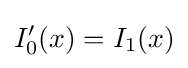
I_{0}'(x)=I_{1}(x)